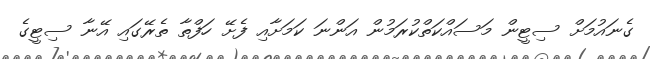
ގެނައުމަށް ސިޓީން މަސައްކަތްކުރަމުން އަންނަ ކަމަށާއި ފެށޭ ހަފްތާ ތެރޭގައި އޭނާ ސިޓީގެ